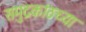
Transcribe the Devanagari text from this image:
समुद्रकांठच्या